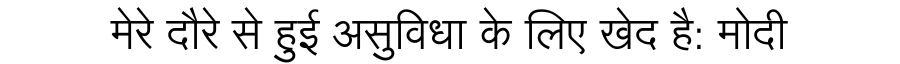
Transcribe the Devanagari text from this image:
मेरे दौरे से हुई असुविधा के लिए खेद है: मोदी